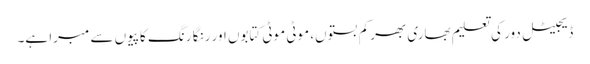
ڈیجیٹل دور کی تعلیم بھاری بھر کم بستوں، موٹی موٹی کتابوں اور رنگا رنگ کاپیوں سے مبرا ہے۔